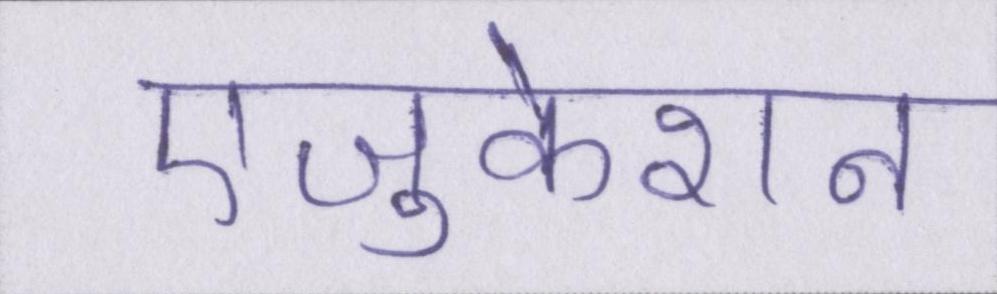
एजुकेशन